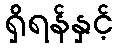
ရှိရန်နှင့်